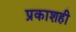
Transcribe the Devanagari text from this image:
प्रकाशही